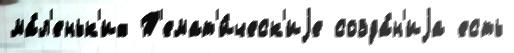
ма́л'еньк'их Т'емат'и́ческ'иjе созда́н'иjа есть